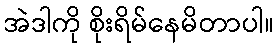
အဲဒါကို စိုးရိမ်နေမိတာပါ။